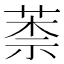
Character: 𦳐